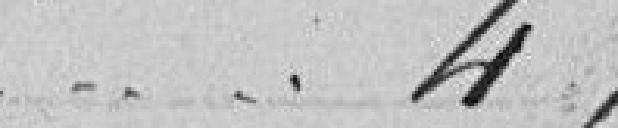
47